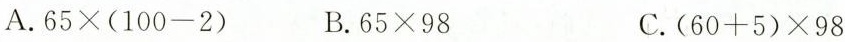
A.$$6 5 × ( 1 0 0 - 2 )$$ B.$$6 5 × 9 8 $$ C.$$( 6 0 + 5 ) × 9 8$$